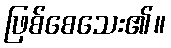
ဖြစ်စေသေး၏။